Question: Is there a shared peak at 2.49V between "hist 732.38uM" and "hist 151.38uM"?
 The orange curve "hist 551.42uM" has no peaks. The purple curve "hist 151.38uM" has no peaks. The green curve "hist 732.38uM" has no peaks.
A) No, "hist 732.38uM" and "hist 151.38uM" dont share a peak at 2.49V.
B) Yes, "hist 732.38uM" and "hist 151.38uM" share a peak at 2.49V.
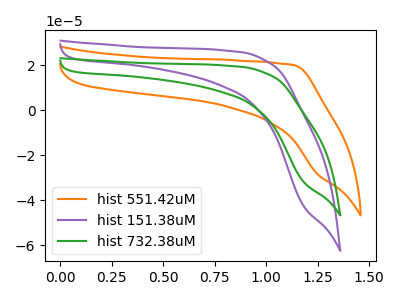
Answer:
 <answer>A) No, "hist 732.38uM" and "hist 151.38uM" dont share a peak at 2.49V.</answer>
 <eval>A</eval>